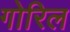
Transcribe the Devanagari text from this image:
गोरिल